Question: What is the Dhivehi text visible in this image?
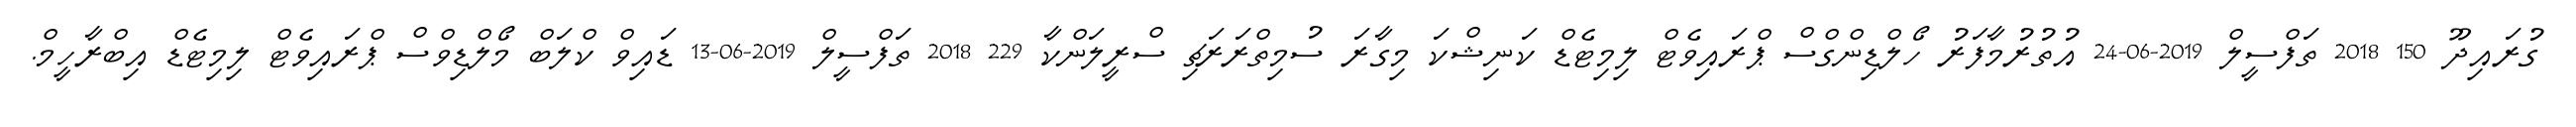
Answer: ގުރައިދޫ 150 2018 ތަފްސީލް 2019-06-24 އުތުރުމާފަރު ހޯލްޑިންގްސް ޕްރައިވެޓް ލިމިޓެޑް ކަނިޝްކަ މިގާރަ ސުމިތްރަރަޗި ސްރީލަންކާ 229 2018 ތަފްސީލް 2019-06-13 ޑައިވް ކްލަބް މޯލްޑިވްސް ޕްރައިވެޓް ލިމިޓެޑް އިބްރާހީމް.